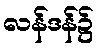
လန်ဒန်၌